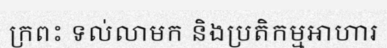
ក្រពះ ទល់លាមក និងប្រតិកម្មអាហារ